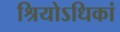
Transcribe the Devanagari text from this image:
श्रियोऽधिकां